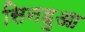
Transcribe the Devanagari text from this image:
सिनहुआ